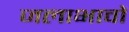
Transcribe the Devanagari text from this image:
जलाभावों